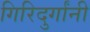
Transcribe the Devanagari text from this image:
गिरिदुर्गांनी